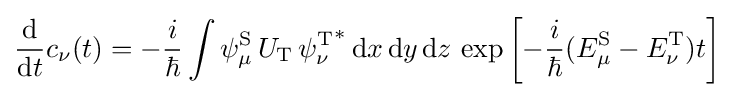
{\frac {\mathrm {d} }{\mathrm {d} t}}c_{\nu }(t)=-{\frac {i}{\hbar }}\int \psi _{\mu }^{\text{S}}\,U_{\text{T}}\,{\psi _{\nu }^{\text{T}}}^{*}\,\mathrm {d} x\,\mathrm {d} y\,\mathrm {d} z\,\exp \left[-{\frac {i}{\hbar }}(E_{\mu }^{\text{S}}-E_{\nu }^{\text{T}})t\right]